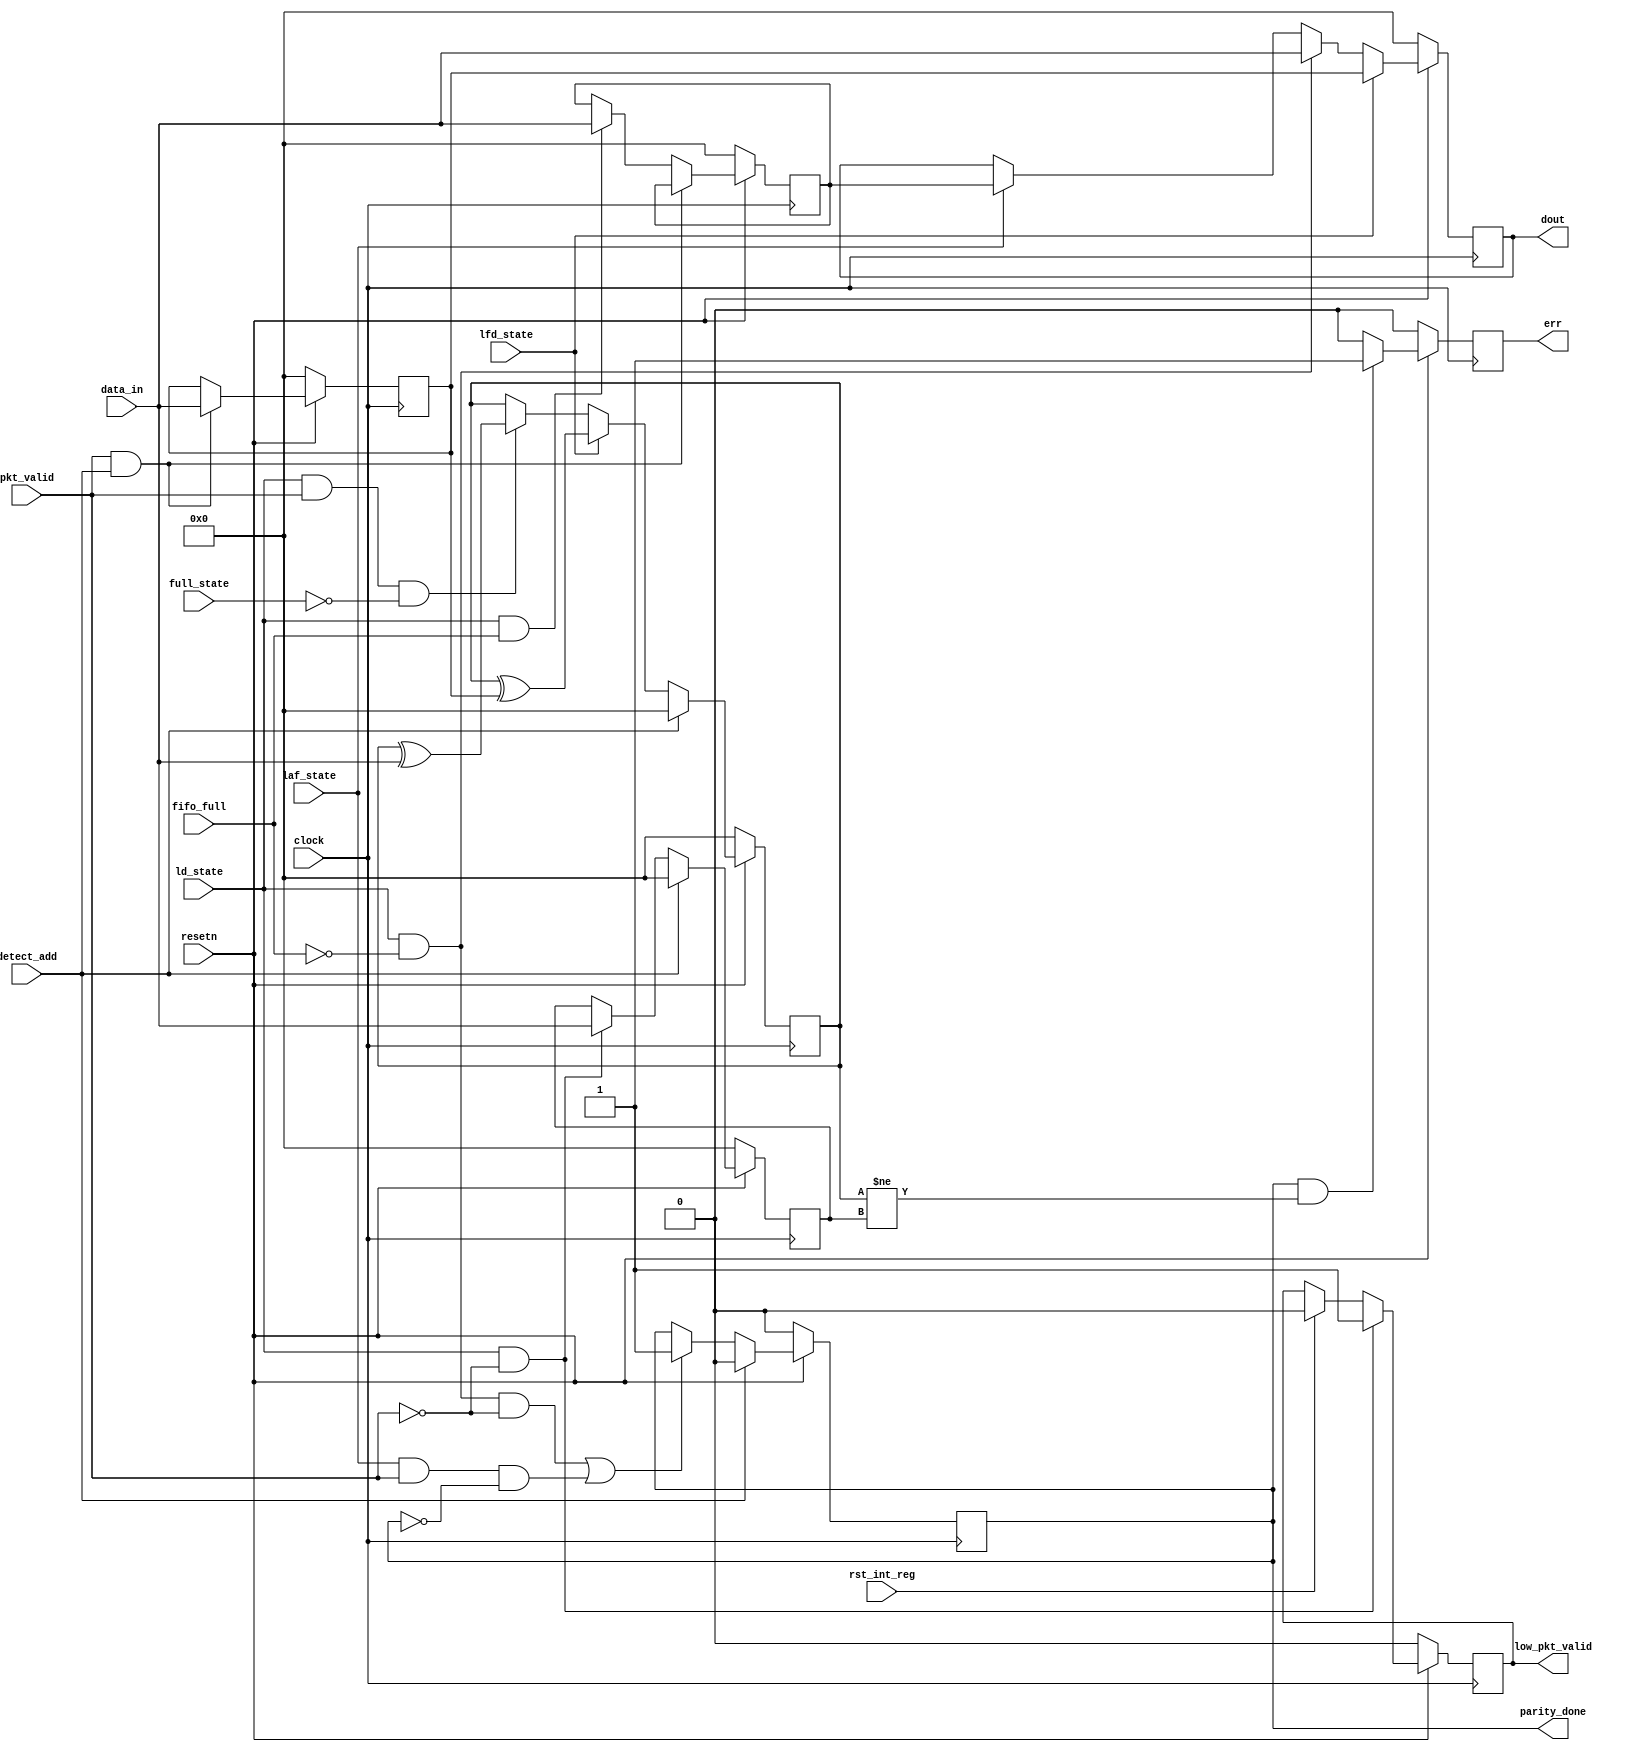
module router_reg(clock, resetn, pkt_valid,fifo_full,rst_int_reg,detect_add,ld_state, laf_state,full_state,lfd_state,err,low_pkt_valid,parity_done,data_in,dout);

input clock,resetn,pkt_valid,fifo_full,detect_add,ld_state,laf_state,full_state,lfd_state,rst_int_reg;
input [7:0]data_in;
output reg err,parity_done,low_pkt_valid;
output reg [7:0]dout;
reg[7:0] hold_header_byte,fifo_full_state_byte, internal_parity, packet_parity_byte;

always@(posedge clock)
begin
if(~resetn)
begin
hold_header_byte <= 8'b0;
fifo_full_state_byte <= 8'b0;
end
else if(pkt_valid && detect_add)
hold_header_byte <= data_in;
else if(ld_state && fifo_full)
fifo_full_state_byte <= data_in;
end

always@(posedge clock)
begin
if(~resetn)
dout <= 8'b0;
else if(lfd_state)
dout<= hold_header_byte;
else if(ld_state && ~fifo_full)
dout<=data_in;
else if(laf_state)
dout<=fifo_full_state_byte;
end

// Low packect valid logic
always@(posedge clock)
begin
if(~resetn)
low_pkt_valid <= 1'b0;
else if(ld_state && ~pkt_valid)
low_pkt_valid <= 1'b1;
else if(rst_int_reg)
low_pkt_valid <= 1'b0;
end

// parity_done login

always@(posedge clock)
begin
if(~resetn)
parity_done<=1'b0;
else if(detect_add)
parity_done<=1'b0;
else if((ld_state && ~fifo_full && ~pkt_valid)||(laf_state && pkt_valid && ~parity_done))
parity_done<=1'b1;
end

// Packet Parity logic
always@(posedge clock)
begin
if(~resetn)
packet_parity_byte <=8'b0;
else if(detect_add)
packet_parity_byte <=8'b0;
else if(ld_state && ~pkt_valid)
packet_parity_byte <= data_in;
end

// internal parity logic
always@(posedge clock)
begin
if(!resetn)
internal_parity <=8'b0;
else if(detect_add)
internal_parity <=8'b0;
else if(lfd_state)
internal_parity<= internal_parity^hold_header_byte;
else if(ld_state && pkt_valid && ~full_state)
internal_parity <= internal_parity^data_in;
end

// error logic

always@(posedge clock)
begin 
if(!resetn)
err<=1'b0;
else if(parity_done && (internal_parity != packet_parity_byte))
err<=1'b1;
else
err<=1'b0;
end

endmodule